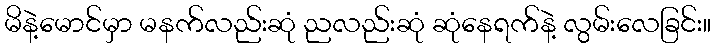
မိနဲ့မောင်မှာ မနက်လည်းဆုံ ညလည်းဆုံ ဆုံနေရက်နဲ့ လွမ်းလေခြင်း။